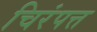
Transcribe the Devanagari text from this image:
चिरंपत्त